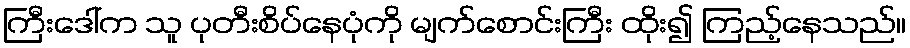
ကြီးဒေါ်က သူ ပုတီးစိပ်နေပုံကို မျက်စောင်းကြီး ထိုး၍ ကြည့်နေသည်။